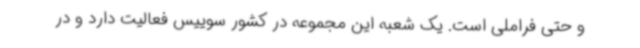
و حتی فراملی است. یک شعبه این مجموعه در کشور سوییس فعالیت دارد و در